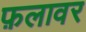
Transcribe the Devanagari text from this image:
फ़लावर